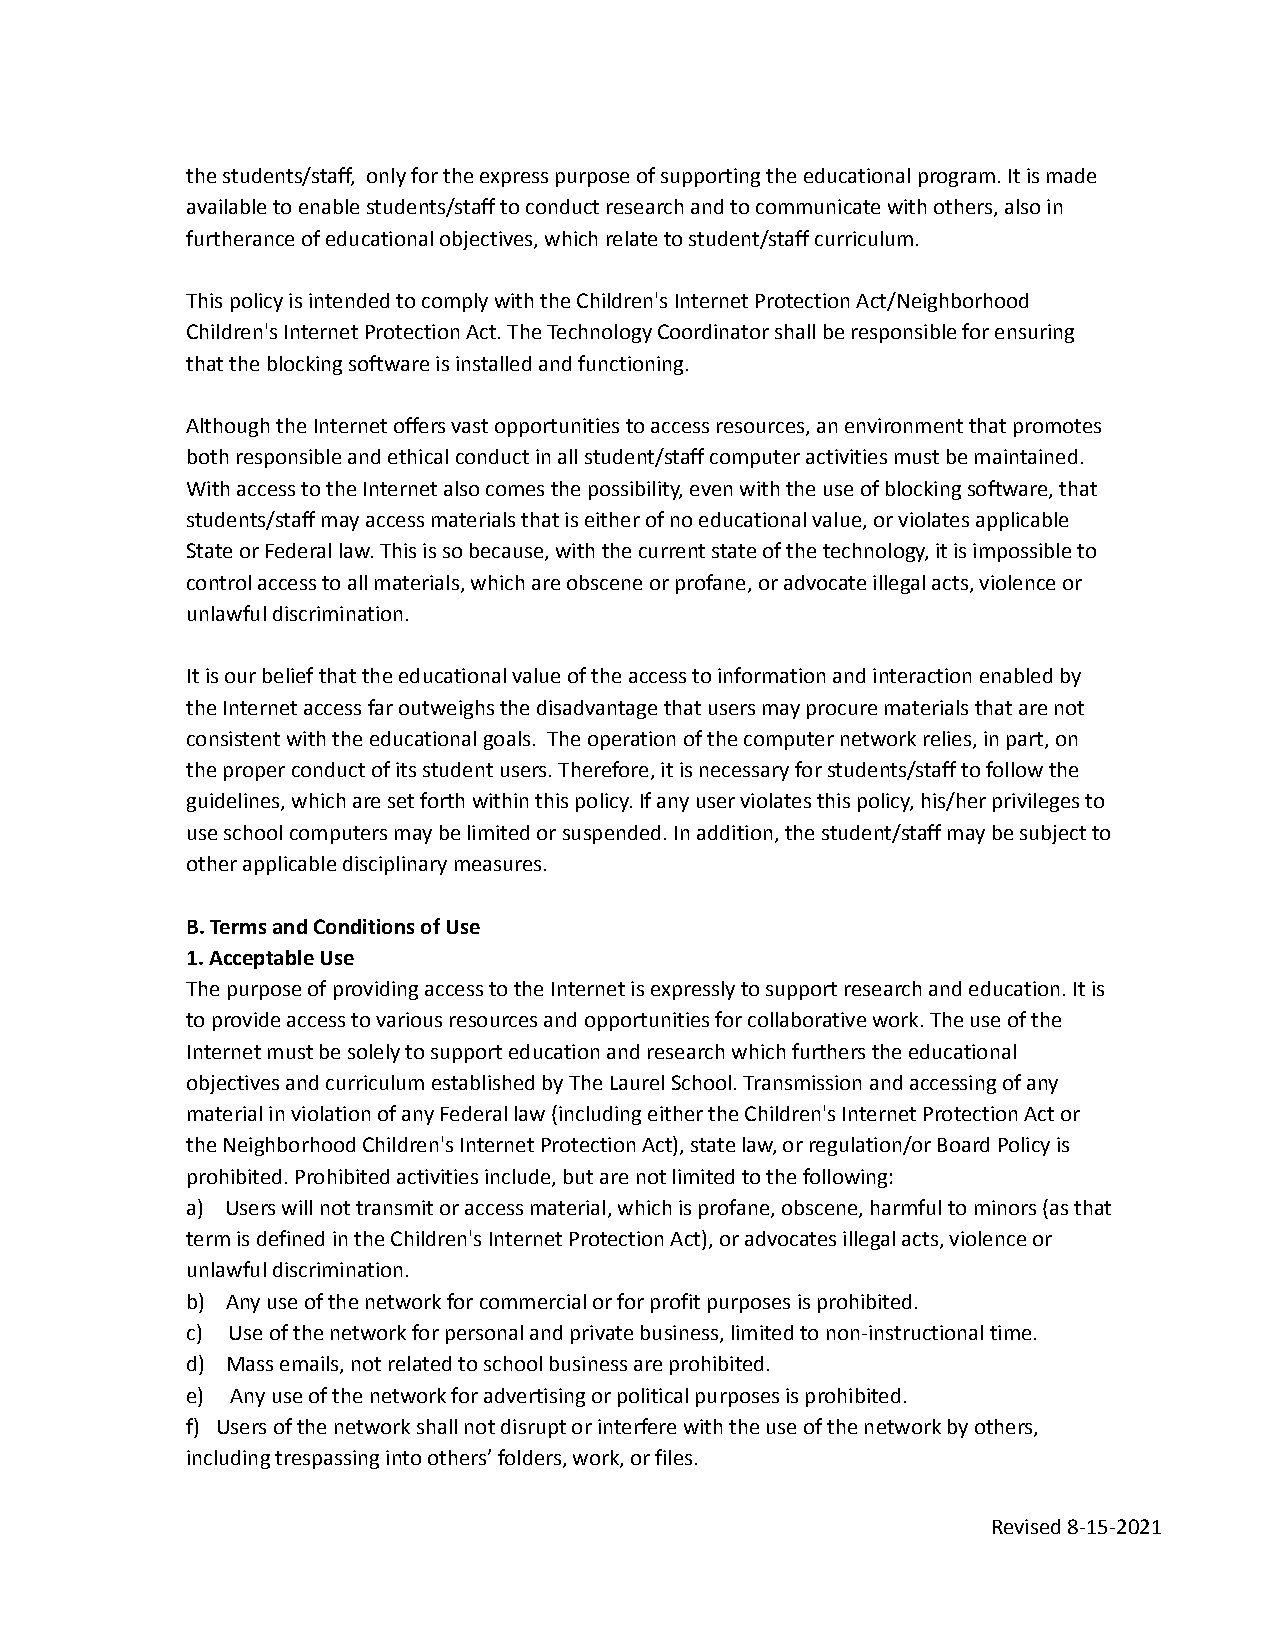
the students/staff, only for the express purposeof supporting the educational program. It is made
 available to enable students/staff to conduct researchand to communicate with others, also in
 furtherance of educational objectives, which relateto student/staff curriculum.
 This policy is intended to comply with the Children'sInternet Protection Act/Neighborhood
 Children's Internet Protection Act. The TechnologyCoordinator shall be responsible for ensuring
 that the blocking software is installed and functioning.
 Although the Internet offers vast opportunities toaccess resources, an environment that promotes
 both responsible and ethical conduct in all student/staffcomputer activities must be maintained.
 With access to the Internet also comes the possibility,even with the use of blocking software, that
 students/staff may access materials that is eitherof no educational value, or violates applicable
 State or Federal law. This is so because, with thecurrent state of the technology, it is impossibleto
 control access to all materials, which are obsceneor profane, or advocate illegal acts, violence or
 unlawful discrimination.
 It is our belief that the educational value of theaccess to information and interaction enabled by
 the Internet access far outweighs the disadvantagethat users may procure materials that are not
 consistent with the educational goals. The operationof the computer network relies, in part, on
 the proper conduct of its student users. Therefore,it is necessary for students/staff to follow the
 guidelines, which are set forth within this policy.If any user violates this policy, his/her privilegesto
 use school computers may be limited or suspended.In addition, the student/staff may be subject to
 other applicable disciplinary measures.
 B. Terms and Conditions of Use
 1. Acceptable Use
 The purpose of providing access to the Internet isexpressly to support research and education. It is
 to provide access to various resources and opportunitiesfor collaborative work. The use of the
 Internet must be solely to support education and researchwhich furthers the educational
 objectives and curriculum established by The LaurelSchool. Transmission and accessing of any
 material in violation of any Federal law (includingeither the Children's Internet Protection Act or
 the Neighborhood Children's Internet Protection Act),state law, or regulation/or Board Policy is
 prohibited. Prohibited activities include, but arenot limited to the following:
 a) Users will not transmit or access material,which is profane, obscene, harmful to minors (as that
 term is defined in the Children's Internet ProtectionAct), or advocates illegal acts, violence or
 unlawful discrimination.
 b) Any use of the network for commercial or forprofit purposes is prohibited.
 c) Use of the network for personal and privatebusiness, limited to non-instructional time.
 d) Mass emails, not related to school businessare prohibited.
 e) Any use of the network for advertising or politicalpurposes is prohibited.
 f) Users of the network shall not disrupt or interferewith the use of the network by others,
 including trespassing into others’ folders, work,or files.
 Revised 8-15-2021